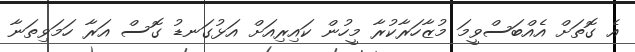
އެ ގޮތަށް އެއްބަސްވީމަ މުޒާހަރާކުރާ މީހުން ކައިރިއަށް އަޅުގަނޑު ގޮސް އަރާ ހަމަވިތަނާ